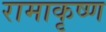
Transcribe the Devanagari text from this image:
रामाकृष्ण